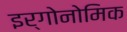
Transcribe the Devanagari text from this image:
इर्गोनोमिक